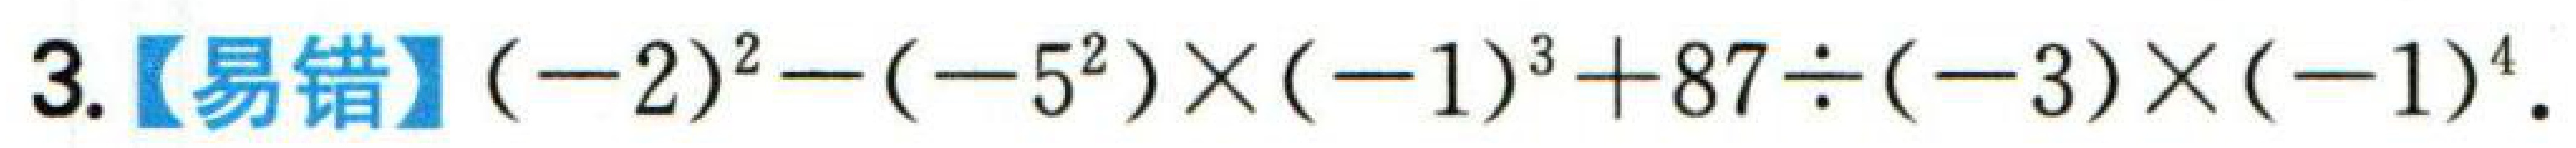
3.【易错】\((-2)^{2}-(-5^{2})\times(-1)^{3}+87\div(-3)\times(-1)^{4}\).